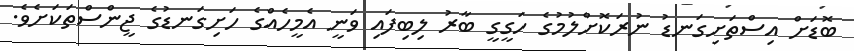
ބޮޑަށް އިސްތަށިގަނޑު ނުރަކޮށްލުމުގެ ހަގީގީ ބާރު ލިބިފައި ވަނީ އެމީހެއްގެ ހަށިގަނޑުގެ ޖީންސްތަކަށެވެ.